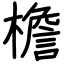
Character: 檐